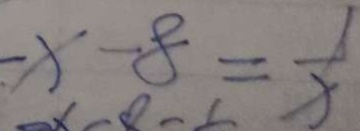
- x - 8 = \frac { 1 } { x }